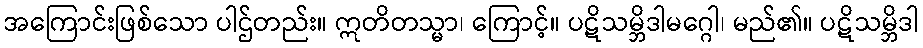
အကြောင်းဖြစ်သော ပါဌ်တည်း။ ဣတိတသ္မာ၊ ကြောင့်။ ပဋိသမ္ဘိဒါမဂ္ဂေါ၊ မည်၏။ ပဋိသမ္ဘိဒါ